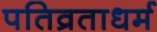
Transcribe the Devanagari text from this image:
पतिव्रताधर्म